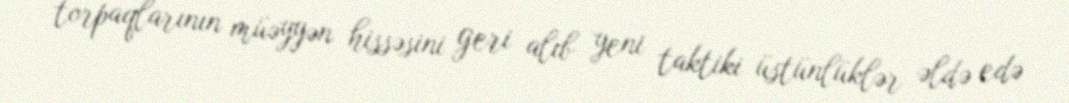
torpaqlarının müəyyən hissəsini geri alıb yeni taktiki üstünlüklər əldə edə